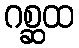
ဂစ္ဆထ